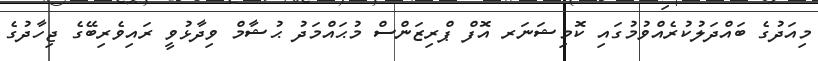
މިއަދުގެ ބައްދަލުކުރެއްވުމުގައި ކޮމިޝަނަރ އޮފް ޕްރިޒަންސް މުޙައްމަދު ޙުޝާމް ވިދާޅުވީ ރައިވެރިބޭގެ ޖިހާދުގެ